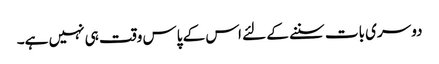
دوسری بات سننے کے لئے اس کے پاس وقت ہی نہیں ہے۔